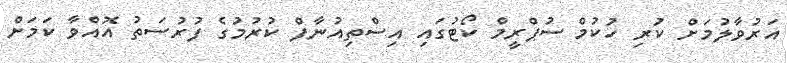
އަރުވާލުމަށް ކުރި ހުކުމް ސުޕްރީމް ކޯޓުގައި އިސްތިއުނާފް ކުރުމުގެ ފުރުސަތު އޮއްވާ ކަމަށް